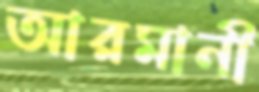
আরমানী